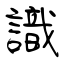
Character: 識